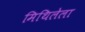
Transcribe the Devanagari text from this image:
मिथिलेला